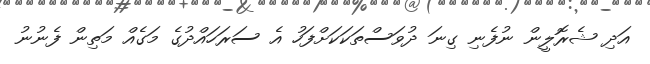
އަދި ޝެރޮލީން ނުފެނި ގިނަ ދުވަސްތަކަކަށްފަހު އެ ސަރަހައްދުގެ މަގެއް މަތިން ފެނުނު